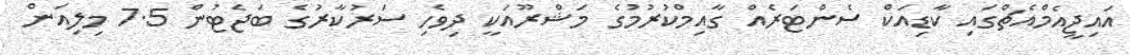
އައިޖީއެމްއެޗްގައި ކާޑިއަކް ސެންޓަރެއް ގާއިމްކުރުމުގެ މަޝްރޫއަކީ ދިވެހި ސަރުކާރުގެ ބަޖެޓުން 7.5 މިލިއަން